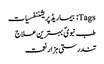
Tags: بیماریڈپریشننفسیات
طب نبویؐ بہترین علاج
تندرستی ہزار نعمت